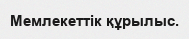
Мемлекеттік құрылыс.